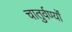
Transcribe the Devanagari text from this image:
चातुर्वर्ण्यों